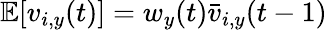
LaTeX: \mathbb E[v_{i,y}(t)]=w_{y}(t){\bar{v}}_{i,y}(t-1)